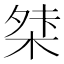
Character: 𭪖